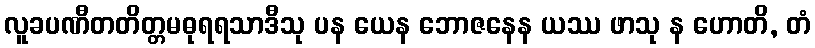
လူခပဏီတတိတ္တမဓုရရသာဒီသု ပန ယေန ဘောဇနေန ယဿ ဖာသု န ဟောတိ, တံ